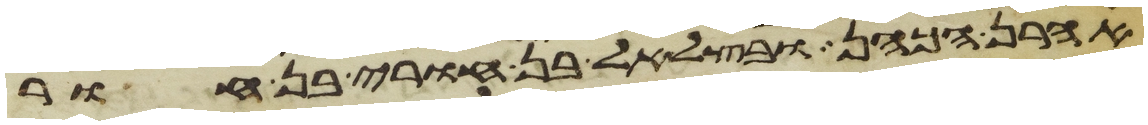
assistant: אהרן הכהן ובצלאל בן אורי בן חור